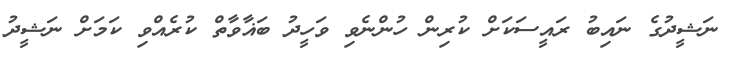
ނަޝީދުގެ ނައިބު ރައީސަކަށް ކުރިން ހުންނެވި ވަހީދު ބަޣާވާތް ކުރެއްވި ކަމަށް ނަޝީދު